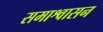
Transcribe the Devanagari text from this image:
समाश्वासन